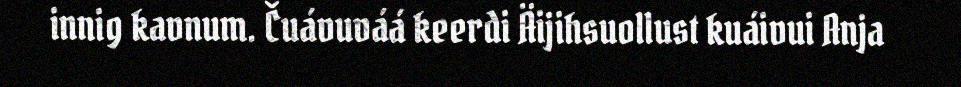
innig kavnum. Čuávuváá keerdi Äijihsuollust kuáivui Anja